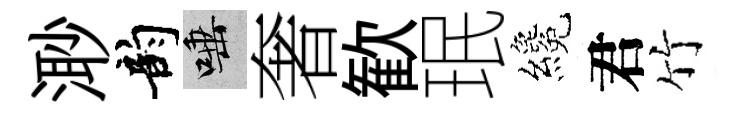
𣺌韵唾奢歓珉纔君竹